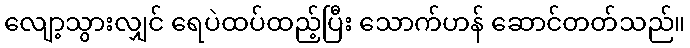
လျော့သွားလျှင် ရေပဲထပ်ထည့်ပြီး သောက်ဟန် ဆောင်တတ်သည်။